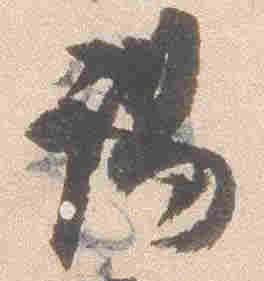
謁